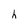
Character: h